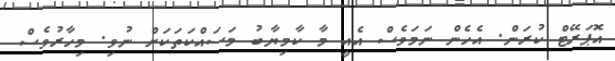
އޮޕަރޭޓް ކުރަން. އެހެެން ނަމަވެސް އެއީ މާ ކާމިޔާބު މަސައްކަތަކަށް ނުވި. މިހާރުވެސް